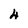
Character: 4